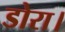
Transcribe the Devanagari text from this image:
डोरा।